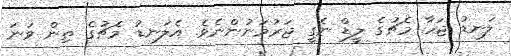
ލަނޑު ޖަހާ މެޗުގެ ލީޑް ނެގީ ޖަރުމަނުންނެވެ. އެލަނޑު މެޗުގެ ތިން ވަނަ